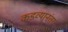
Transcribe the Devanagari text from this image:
कडव्यानंतर